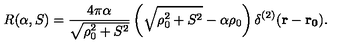
R ( \alpha , S ) = \frac { 4 \pi \alpha } { \sqrt { \rho _ { 0 } ^ { 2 } + S ^ { 2 } } } \left( \sqrt { \rho _ { 0 } ^ { 2 } + S ^ { 2 } } - \alpha \rho _ { 0 } \right) \delta ^ { ( 2 ) } ( { \bf { r } - { r _ { 0 } } ) } .